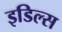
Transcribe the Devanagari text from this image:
इडिल्स